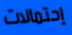
إحتمالات